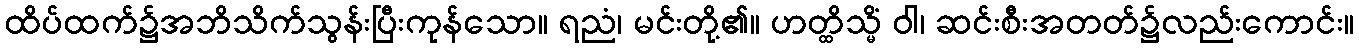
ထိပ်ထက်၌အဘိသိက်သွန်းပြီးကုန်သော။ ရညံ၊ မင်းတို့၏။ ဟတ္ထိသ္မိံ ဝါ၊ ဆင်းစီးအတတ်၌လည်းကောင်း။